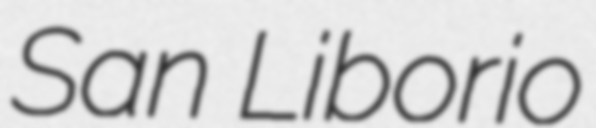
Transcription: San Liborio